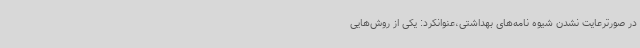
در صورترعایت نشدن شیوه نامه‌های بهداشتی،عنوانکرد: یکی از روش‌هایی